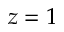
z = 1